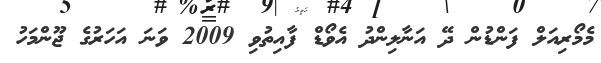
މެމޯރިއަލް ފަންޑުން ދޭ އަނާލިންދު އެވޯޑް ފާއިތުވި 2009 ވަނަ އަހަރުގެ ޖޫންމަހު